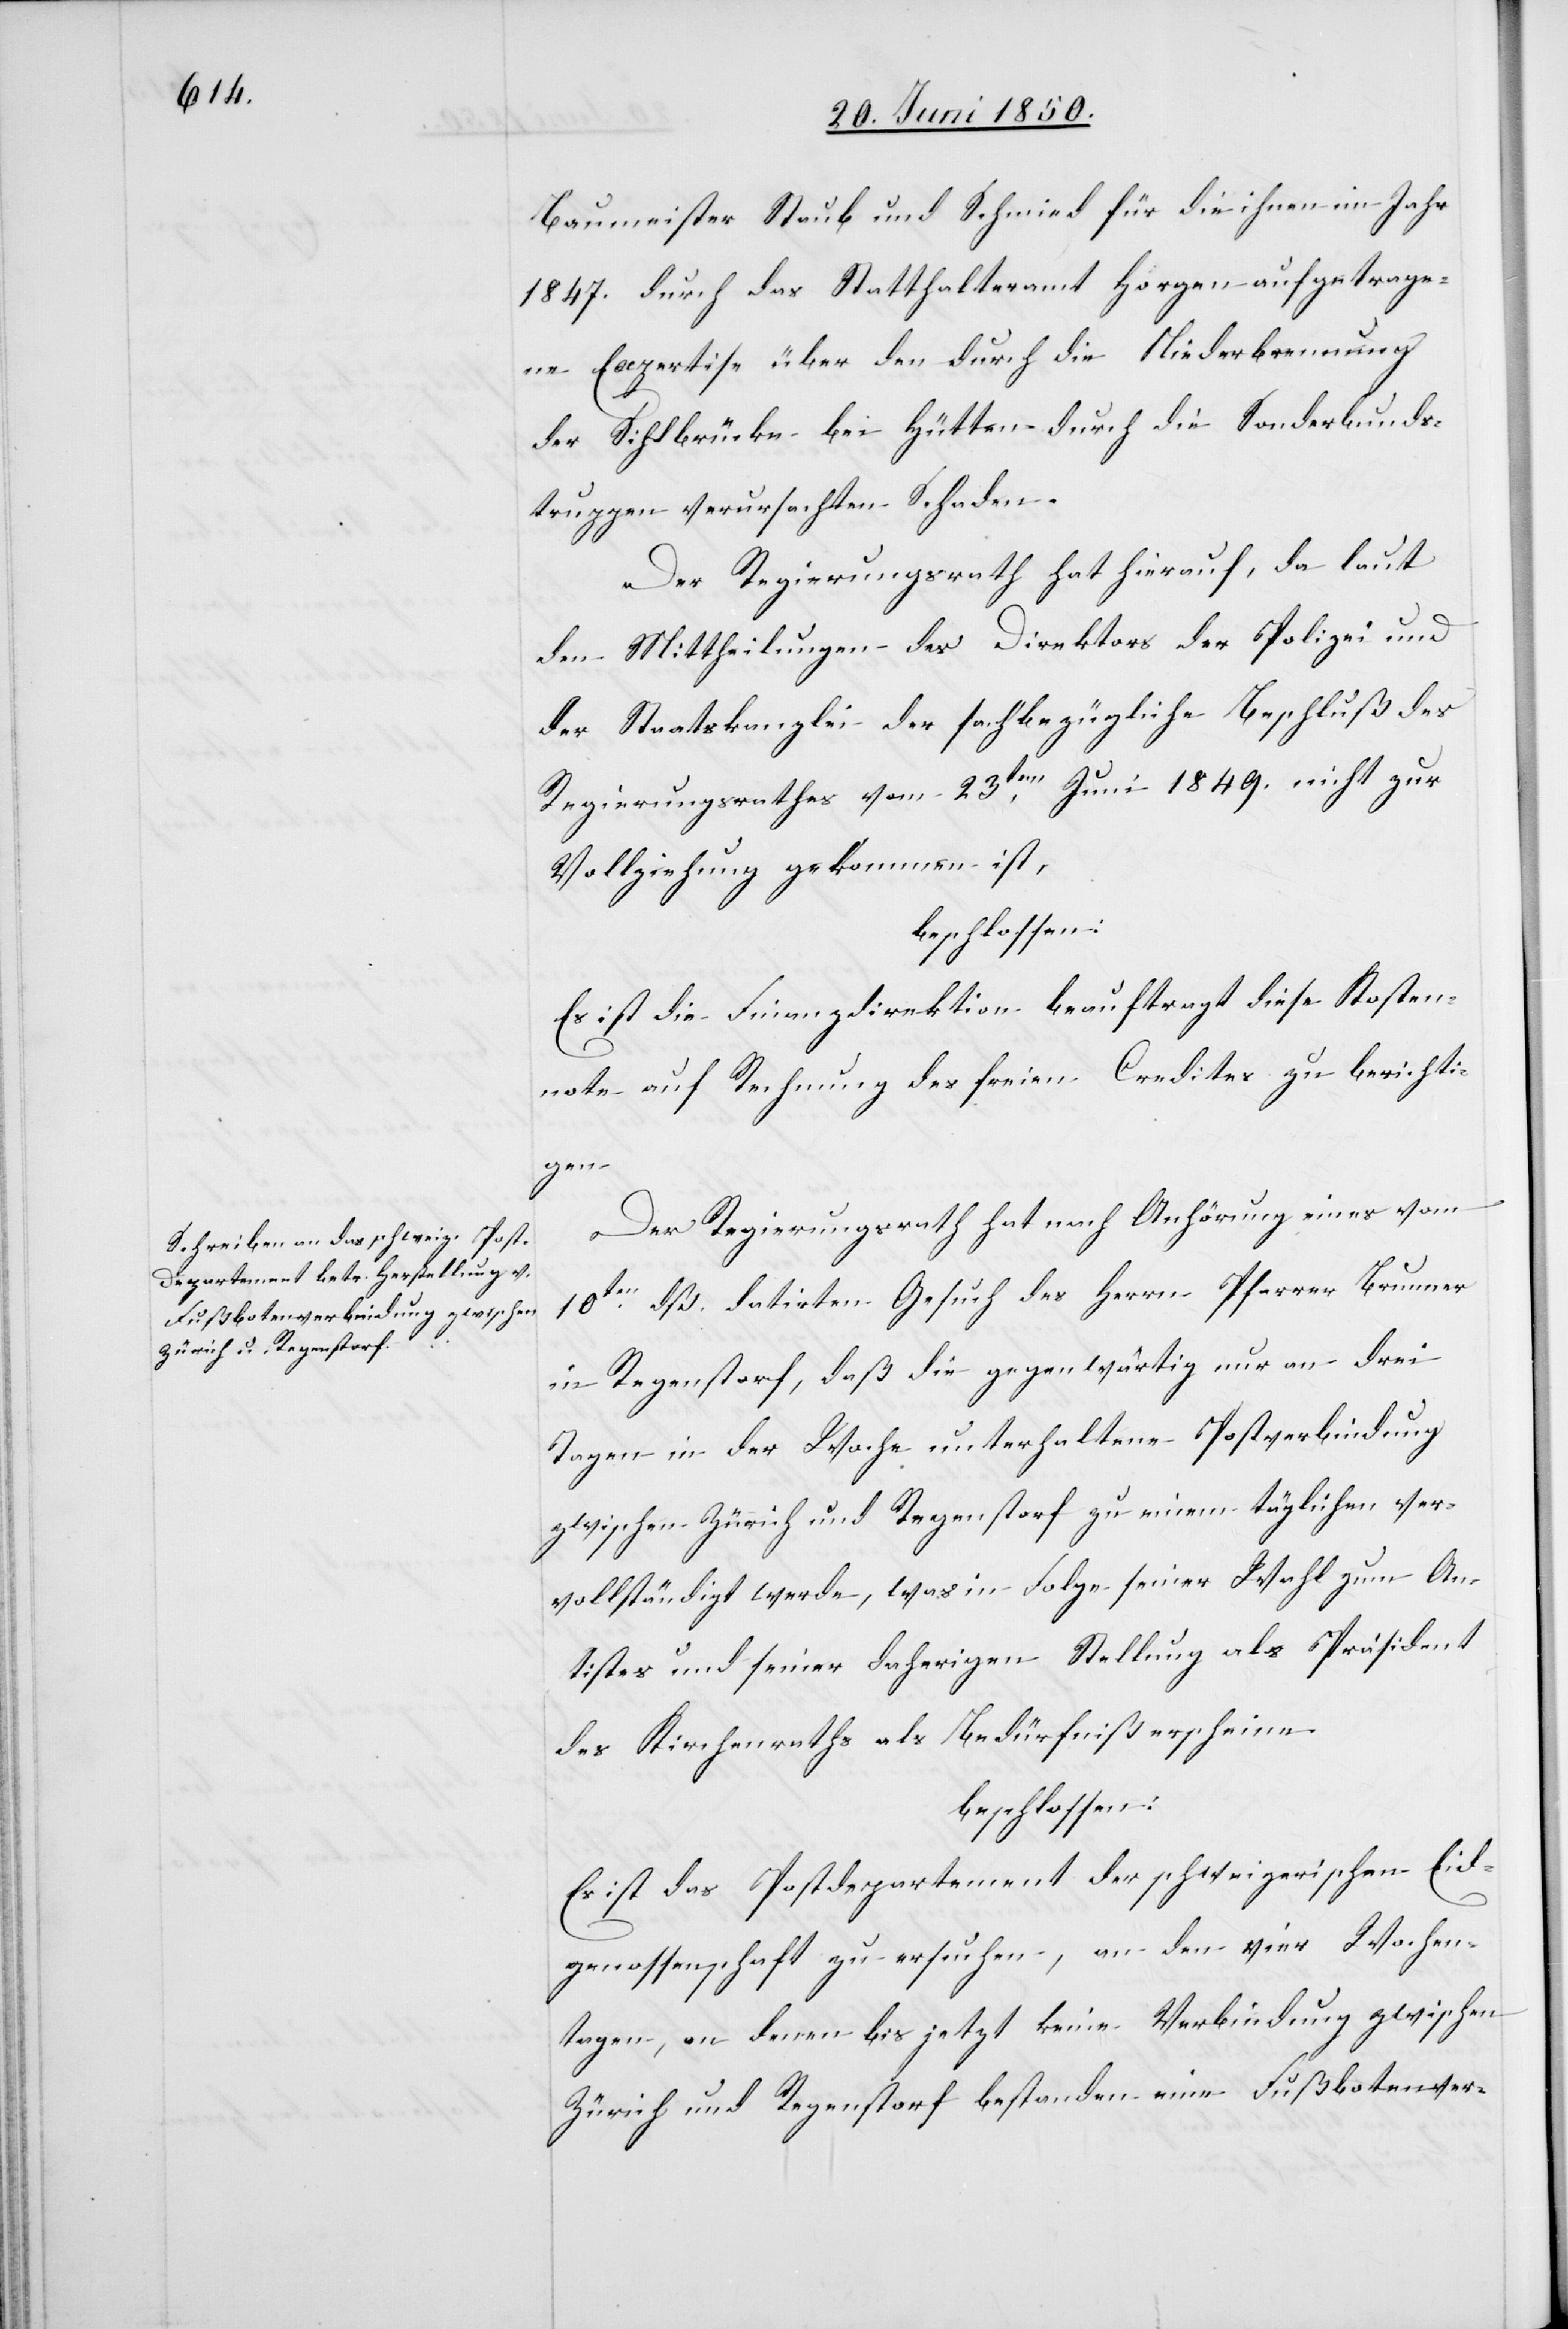
Baumeister Staub und Schmied [sic!] für die ihnen im Jahr
1847. durch das Statthalteramt Horgen aufgetrage¬
ne Expertise über den durch die Niederbrennung
der Sihlbrücke bei Hütten durch die Sonderbunds¬
truppen verursachten Schaden.
Der Regierungsrath hat hierauf, da laut
den Mittheilungen des Direktors der Polizei und
der Staatskanzlei der sachbezügliche Beschluß des
Regierungsrathes vom 23ten Juni 1849. nicht zur
Vollziehung gekommen ist,
beschlossen:
Es ist die Finanzdirektion beauftragt diese Kosten¬
note auf Rechnung des freien Credites zu berichti¬
gen.
Der Regierungsrath hat nach Anhörung eines vom
10ten dß. datirten Gesuch des Herrn Pfarrer Brunner
in Regenstorf, daß die gegenwärtig nur an drei
Tagen in der Woche unterhaltene Postverbindung
zwischen Zürich und Regenstorf zu einem täglichen ver¬
vollständigt werde, was in Folge seiner Wahl zum An¬
tistes und seiner daherigen Stellung als Präsident
des Kirchenraths als Bedürfniß erscheine.
beschlossen:
Es ist das Postdepartement der schweizerischen Eid¬
genossenschaft zu ersuchen, an den vier Wochen¬
tagen, an denen bis jetzt keine Verbindung zwischen
Zürich und Regenstorf bestanden eine Fußbotenver-